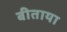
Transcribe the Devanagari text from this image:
बीताया